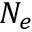
N _ { e }